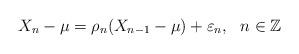
LaTeX: \begin{align*}X_{n}-\mu=\rho_{n}(X_{n-1}-\mu)+\varepsilon_{n}, \ \ n\in\mathbb{Z}\end{align*}